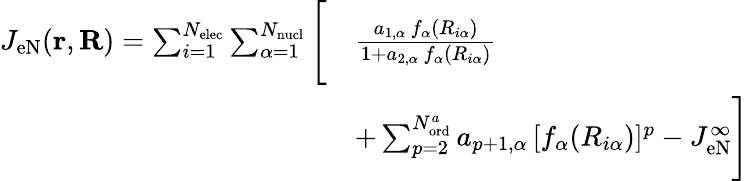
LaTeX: \begin{array}{rl}{J_{\mathrm{eN}}(\mathbf{r},\mathbf{R})=\sum_{i=1}^{N_{\mathrm{elec}}}\sum_{\alpha=1}^{N_{\mathrm{nucl}}}\Bigg[}&{\frac{a_{1,\alpha}\, f_{\alpha}(R_{i\alpha})}{1+a_{2,\alpha}\, f_{\alpha}(R_{i\alpha})}}\\ &{+\sum_{p=2}^{N_{\mathrm{ord}}^{a}}a_{p+1,\alpha}\, [f_{\alpha}(R_{i\alpha})]^{p}-J_{\mathrm{eN}}^{\infty}\Bigg]}\end{array}